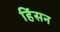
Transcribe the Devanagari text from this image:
हिंसन